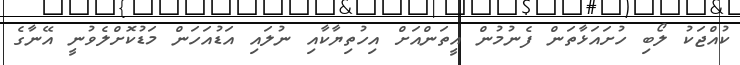
ކުއްޖަކު ލޯބި ހުށައަޅާތަން ފެނުމުން އީތަންއަށް އިހުތިޔާކާއި ނުލައި އަޑުއަހަން މަޑުކޮށްލެވުނީ އޭނާގެ